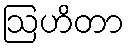
ဩဟိတာ